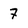
Character: 7